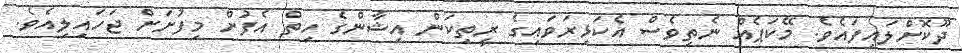
ދޫކޮށްލައިފައެވެ. މޭކަޕެއް ނެތިވެސް އެކަޅިރަވައިގެ ރީތިކަން އިޝާންގެ ހިތް އެފުށް މިފުށަށް ޖަހައިލިއެވެ.